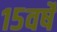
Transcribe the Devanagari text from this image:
१५वर्षे